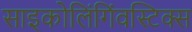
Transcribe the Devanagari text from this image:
साइकोलिंगिंवस्टिक्स